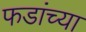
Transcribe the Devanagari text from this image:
फडांच्या